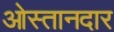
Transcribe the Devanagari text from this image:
ओस्तानदार